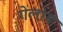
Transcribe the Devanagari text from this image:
गेलोय